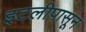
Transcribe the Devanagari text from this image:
इटलीपासून